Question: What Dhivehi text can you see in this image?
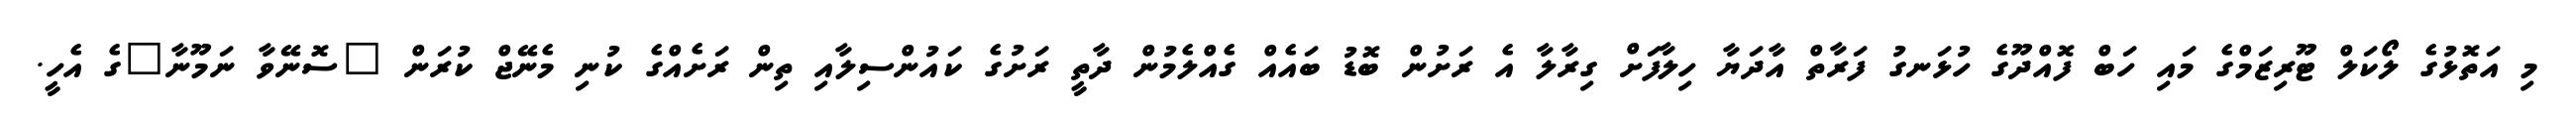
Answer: މި އަތޮޅުގެ ލޯކަލް ޓޫރިޒަމްގެ މައި ހަބް ފޮއްދޫގެ ހުޅަނގު ފަރާތް އާދަޔާ ހިލާފަށް ގިރާލާ އެ ރަށުން ބޮޑު ބައެއް ގެއްލެމުން ދާތީ ރަށުގެ ކައުންސިލާއި ތިން ރަށެއްގެ ކުނި މެނޭޖް ކުރަން "ސޮނޭވާ ނަމޫނާ"ގެ އެހީ.